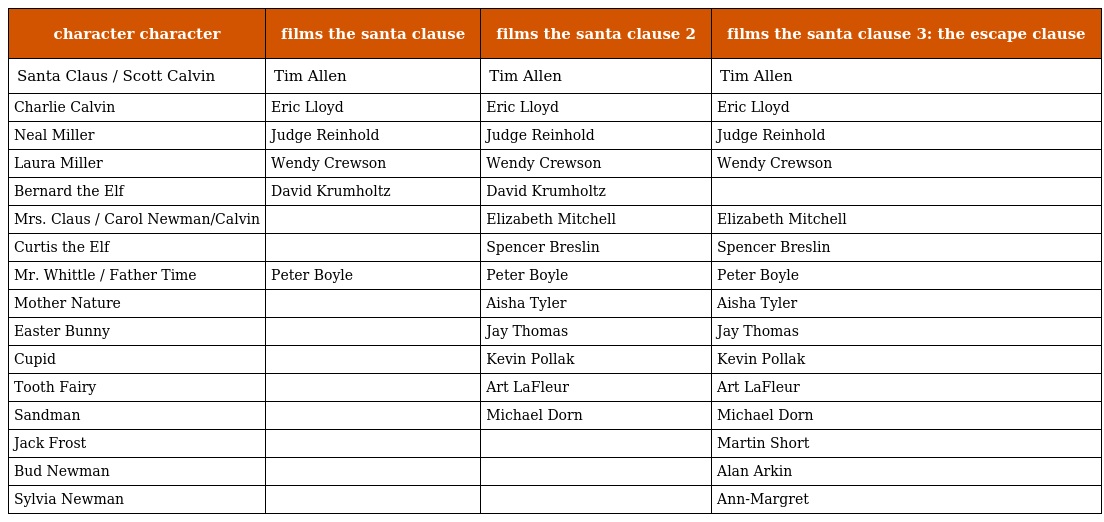
| character character | films the santa clause | films the santa clause 2 | films the santa clause 3: the escape clause |
 | --- | --- | --- | --- |
 | Santa Claus / Scott Calvin | Tim Allen | Tim Allen | Tim Allen |
 | Charlie Calvin | Eric Lloyd | Eric Lloyd | Eric Lloyd |
 | Neal Miller | Judge Reinhold | Judge Reinhold | Judge Reinhold |
 | Laura Miller | Wendy Crewson | Wendy Crewson | Wendy Crewson |
 | Bernard the Elf | David Krumholtz | David Krumholtz |  |
 | Mrs. Claus / Carol Newman/Calvin |  | Elizabeth Mitchell | Elizabeth Mitchell |
 | Curtis the Elf |  | Spencer Breslin | Spencer Breslin |
 | Mr. Whittle / Father Time | Peter Boyle | Peter Boyle | Peter Boyle |
 | Mother Nature |  | Aisha Tyler | Aisha Tyler |
 | Easter Bunny |  | Jay Thomas | Jay Thomas |
 | Cupid |  | Kevin Pollak | Kevin Pollak |
 | Tooth Fairy |  | Art LaFleur | Art LaFleur |
 | Sandman |  | Michael Dorn | Michael Dorn |
 | Jack Frost |  |  | Martin Short |
 | Bud Newman |  |  | Alan Arkin |
 | Sylvia Newman |  |  | Ann-Margret |